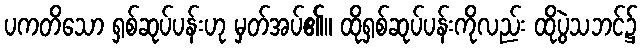
ပကတိသော ရှစ်ဆုပ်ပန်းဟု မှတ်အပ်၏။ ထိုရှစ်ဆုပ်ပန်းကိုလည်း ထိုပွဲသဘင်၌